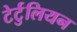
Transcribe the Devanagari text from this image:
टेर्टुलियन